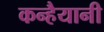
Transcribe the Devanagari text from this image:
कन्हैयानी